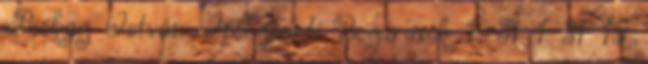
Prókay István Ipolyparti Bogarasok 1. 31 1 31 15